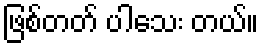
ဖြစ်တတ် ပါသေး တယ်။